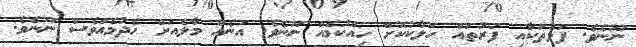
ނޫނެވެ. ފަޅުތަކާއި ފަރުތައް ހަލާކުކޮށް ހިއްކުމެއް ނޫނެވެ. އަނެއް މާލެއަށް ހެދުމެއްވެސް ނޫނެވެ.